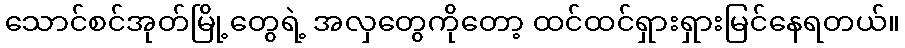
သောင်စင်အုတ်မြို့တွေရဲ့ အလှတွေကိုတော့ ထင်ထင်ရှားရှားမြင်နေရတယ်။